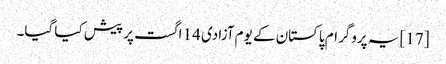
[17] یہ پروگرام پاکستان کے یوم آزادی 14 اگست پر پیش کیا گیا۔